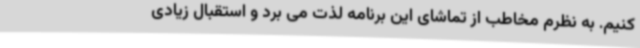
کنیم. به نظرم مخاطب از تماشای این برنامه لذت می برد و استقبال زیادی